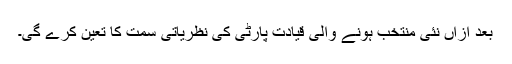
بعد ازاں نئی منتخب ہونے والی قیادت پارٹی کی نظریاتی سمت کا تعین کرے گی۔